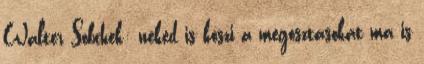
Walter Sobchek: neked is köszi a megosztásokat ma is